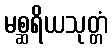
မစ္ဆရိယသုတ္တံ